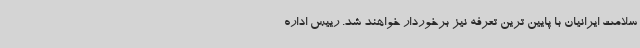
سلامت ایرانیان با پایین ترین تعرفه نیز برخوردار خواهند شد. رییس اداره